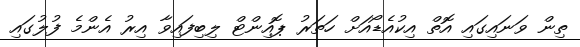
ތިން ވަނައިގައި އޮތް އިކުއެޑޯއަށް ހަތަރު ޕޮއިންޓް ލިބިފައިވާ އިރު އެންމެ ފުލުގައި